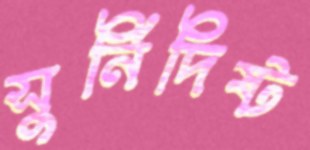
সুর্নিদিষ্ট